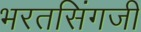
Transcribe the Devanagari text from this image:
भरतसिंगजी